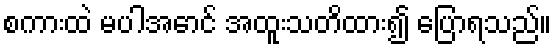
စကားထဲ မပါအောင် အထူးသတိထား၍ ပြောရသည်။